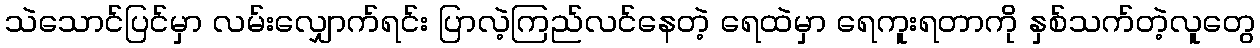
သဲသောင်ပြင်မှာ လမ်းလျှောက်ရင်း ပြာလဲ့ကြည်လင်နေတဲ့ ရေထဲမှာ ရေကူးရတာကို နှစ်သက်တဲ့လူတွေ